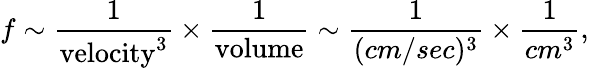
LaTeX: f\sim\frac{1}{\mathrm{velocity}^{3}}\times\frac{1}{\mathrm{volume}}\sim\frac{1}{(cm/sec)^{3}}\times\frac{1}{cm^{3}},